Statistical return of the lunatic asylum in Assam - 1912-1932
Year: 1912
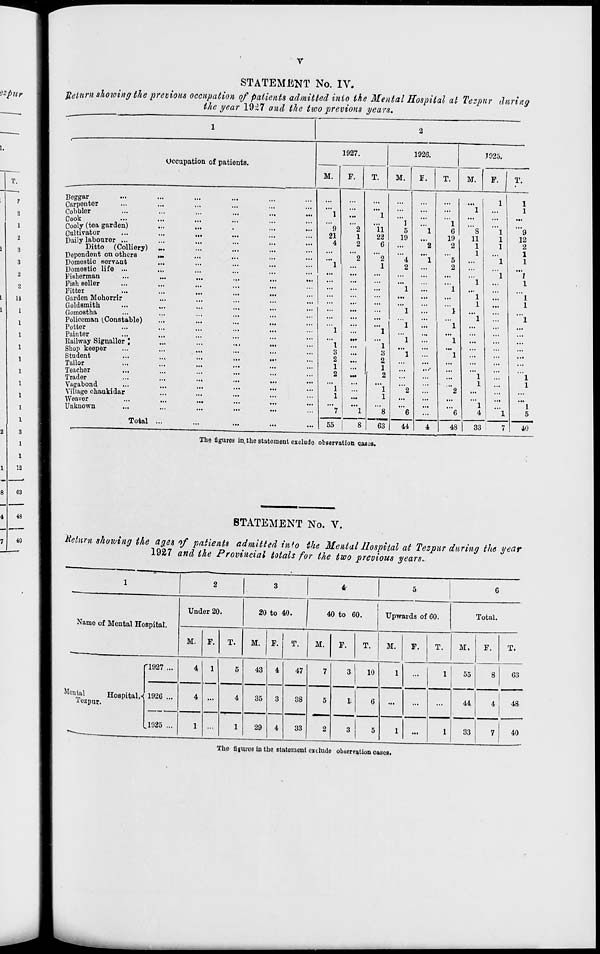
STATEMENT No. IV.
Return shoioing the previous occupation of patients admitted into ike Mental Hospital at Tezpur during
the year 1927 and the two previous years.
Occupation of patients.
1927.
M.
1926.
M.
F.
7925.
M.
P.
Beggar
...
Carpenter
...
...
...
...
Cobbler
...
...
...
...
Cook
...
...
...
...
Cooly (tea garden)
...
...
.
...
Cultivator
...
...
...
...
Daily labourer ...
...
...
...
...
Ditto (Colliery) •M
...
...
...
Depondent on others
1M
...
...
...
Domestic sorvint
...
...
...
...
Domestic life ...
...
...
...
...
Fisherman
...
...
...
...
Fish seller
...
...
...
...
Fitter
...
...
...
...
Garden Mohorrir
...
...
...
...
Goldsmith
...
...
...
...
Gomostha
...
...
Policeman (Constable)
...
...
...
...
Potter
...
...
...
...
Painter
...
...
...
Railway Signallor \
...
...
...
...
Shop keeper
...
...
...
...
Student
...
...
...
...
Tailor
...
...
...
...
Teacher
...
...
...
...
Trader
...
...
...
...
Vagabond
...
...
...
...
Village chaukidar
...
...
...
...
Weaver
...
Ml
...
...
Unknown
...
...
...
...
1
9
21
4
11
22
6
"2
1
Total
55
1
3
2.
1
2
"l
1
"*8
1
5
19
1
6
19
2
5
2
S
11
1
6
44
6
48
1
4
33
T.
9
12
2
1
1
1
1
5
To"
The figures in. the statement exclude observation cases.
STATEMENT No. V.
'Return showing the ages of paiients admitted info the Mental Hospital at Tezpur during the year
1927 and the Provincial totals for the two previous years..
1
2
3
4
5
G
Under 20
20 to 40.
40 to 60.
Upwards of 60.
Total.
Name of Mental Hospital.
M. F.
T.
M. F.
T.
M.
F.
T.
M.
F.
T.
M.
F.
T.
'1927 ...
4
1
5
43
4
47
7
3
10
1
...
1
55
8
63
Mental
Hospital ,<
lezpur.
1926 ...
4
4
35
3
38
5
2
1
6
...
...
...
44
4
48
„
.1925 ...
1
1
29
4
33
3
5
1
...
1
33
7
40
The fiuuroB in tho etatoiuent extludo obsor?ation cases.